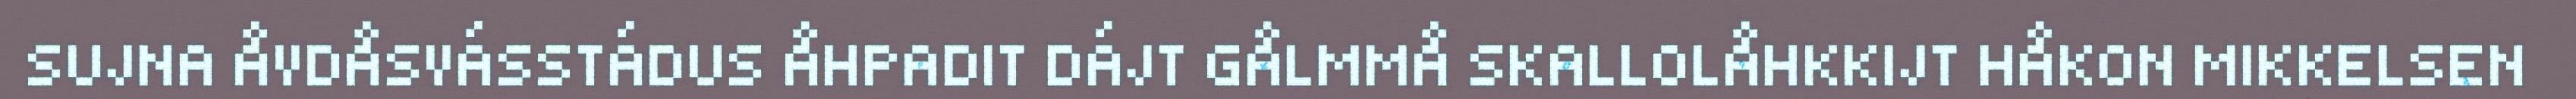
SUJNA ÅVDÅSVÁSSTÁDUS ÅHPADIT DÁJT GÅLMMÅ SKALLOLÅHKKIJT HÅKON MIKKELSEN